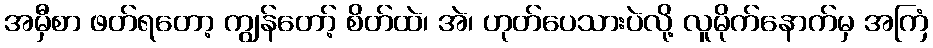
အမှီစာ ဖတ်ရတော့ ကျွန်တော့် စိတ်ထဲ၊ အဲ၊ ဟုတ်ပေသားပဲလို့ လူမိုက်နောက်မှ အကြံ